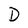
Character: D